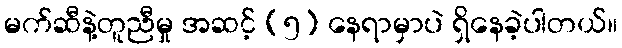
မက်ဆီနဲ့တူညီမှု အဆင့် (၅) နေရာမှာပဲ ရှိနေခဲ့ပါတယ်။